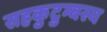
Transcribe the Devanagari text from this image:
सहकुटुम्बस्य